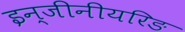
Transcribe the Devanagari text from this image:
इन्जीनीयरिङ